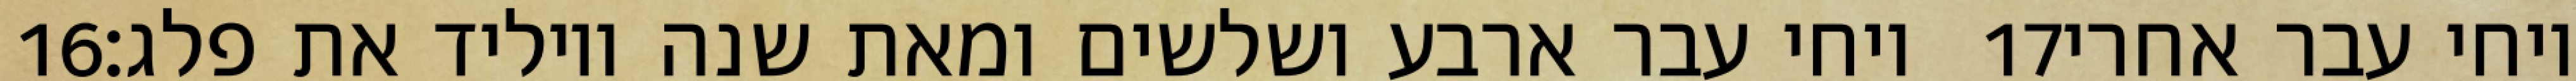
‎16‏ ויחי עבר ארבע ושלשים ומאת שנה ויוליד את פלג׃ ‎17‏ ויחי עבר אחרי